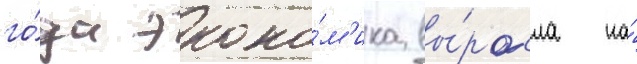
го́да эконо́м'ика вы́росла на́